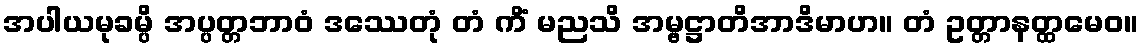
အပါယမုခမ္ပိ အပ္ပတ္တဘာဝံ ဒဿေတုံ တံ ကိံ မညသိ အမ္ဗဋ္ဌာတိအာဒိမာဟ။ တံ ဥတ္တာနတ္ထမေဝ။